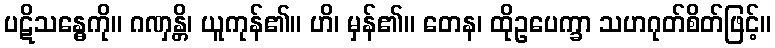
ပဋိသန္ဓေကို။ ဂဏှန္တိ၊ ယူကုန်၏။ ဟိ၊ မှန်၏။ တေန၊ ထိုဥပေက္ခာ သဟဂုတ်စိတ်ဖြင့်။